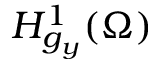
H _ { g _ { y } } ^ { 1 } ( \Omega )